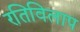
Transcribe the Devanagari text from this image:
रतिविलाप